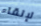
لإلقاء